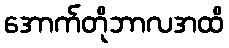
အောက်တိုဘာလအထိ